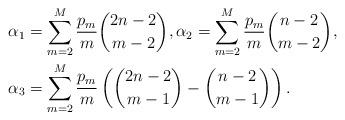
LaTeX: \begin{align*}\alpha_1 &= \sum_{m=2}^{M}\frac{p_m}{m}\binom{2n-2}{m-2},\alpha_2 = \sum_{m=2}^{M}\frac{p_m}{m}\binom{n-2}{m-2},\\ \alpha_3 &= \sum_{m=2}^{M}\frac{p_m}{m}\left(\binom{2n-2}{m-1} - \binom{n-2}{m-1}\right).\end{align*}